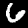
Label: 6